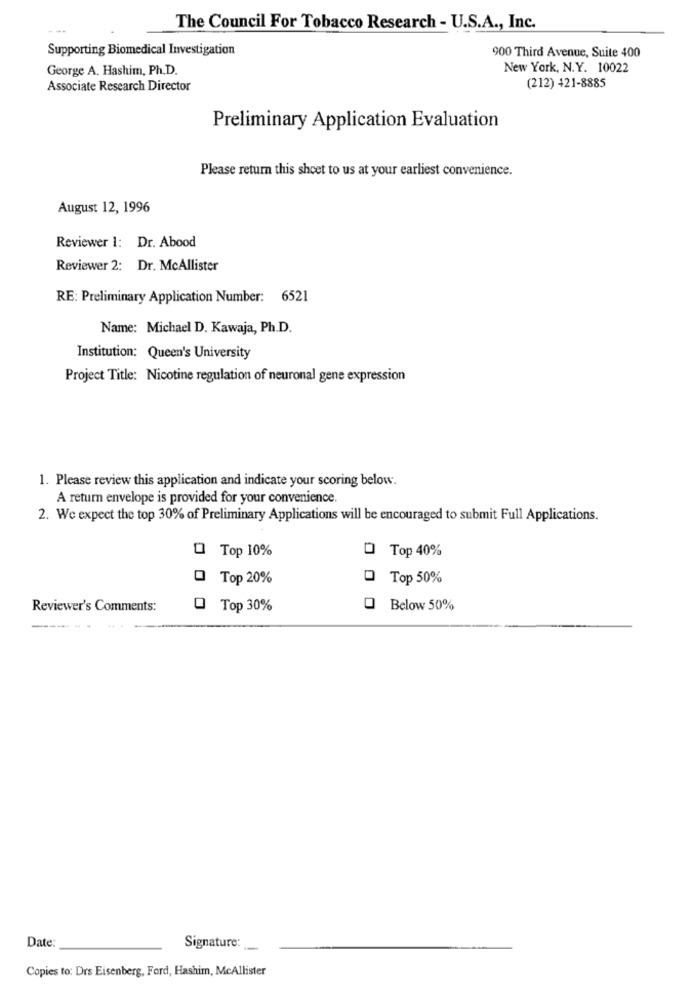
The Council For Tobacco Research - U.S.A ., Inc.
Supporting Biomedical Investigation
900 Third Avenue, Suite 400
George A. Hashim, Ph.D.
New York, N.Y. 10022
(212) 421-8885
Associate Research Director
Preliminary Application Evaluation
Please return this sheet to us at your earliest convenience.
August 12, 1996
Reviewer 1: Dr. Abood
Reviewer 2: Dr. McAllister
RE: Preliminary Application Number: 6521
Name: Michael D. Kawaja, Ph.D.
Institution: Queen's University
Project Title: Nicotine regulation of neuronal gene expression
1. Please review this application and indicate your scoring below.
A return envelope is provided for your convenience.
2. We expect the top 30% of Preliminary Applications will be encouraged to submit Full Applications.
Top 10%
O Top 40%
0 Top 20%
Top 50%
Reviewer's Comments:
Q Top 30%
0
Below 50%
... .
------
Date
Signature:
Copies to: Drs Eisenberg, Ford, Hashim, McAllister